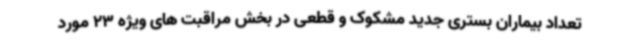
تعداد بیماران بستری جدید مشکوک و قطعی در بخش مراقبت های ویژه 23 مورد